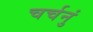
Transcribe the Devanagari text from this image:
चर्चनुं